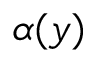
\alpha ( y )